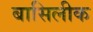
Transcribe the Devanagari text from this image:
बासिलीक